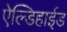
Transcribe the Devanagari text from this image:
ऐल्डिहाईड